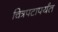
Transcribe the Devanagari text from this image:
चित्रपटापर्यंत